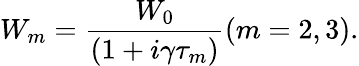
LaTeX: W_{m}=\frac{W_{0}}{\left(1+i\gamma\tau_{m}\right)}(m=2,3).